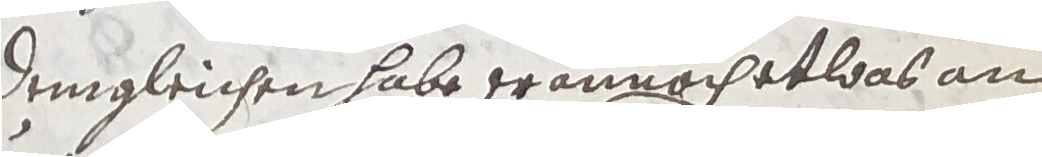
Demgleichen habe erannachet was an